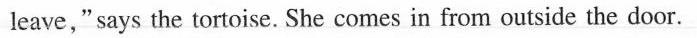
leave,"says the tortoise. She comes in from outside the door.